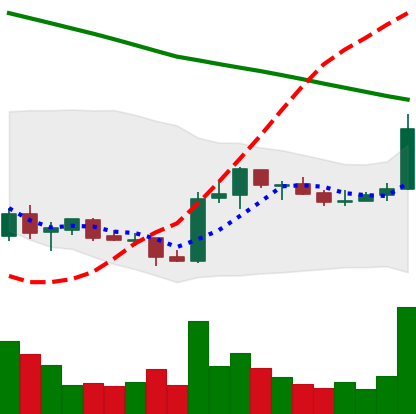
Ticker: ADA-USD
Chart end date: 2019-02-18
Forward return: 6.552%
Label: up_5_7